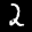
Label: 2